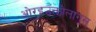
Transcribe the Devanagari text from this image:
ओरइउक्तोलागूस्